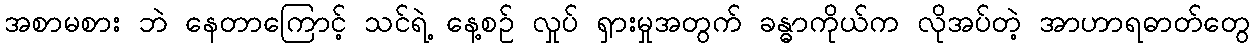
အစာမစား ဘဲ နေတာကြောင့် သင်ရဲ့ နေ့စဉ် လှုပ် ရှားမှုအတွက် ခန္ဓာကိုယ်က လိုအပ်တဲ့ အာဟာရဓာတ်တွေ